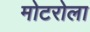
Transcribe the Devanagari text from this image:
मोटरोला